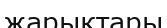
жарыктары